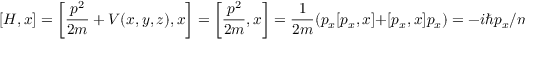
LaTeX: [ H , x ] = \left[ { \frac { p ^ { 2 } } { 2 m } } + V ( x , y , z ) , x \right] = \left[ { \frac { p ^ { 2 } } { 2 m } } , x \right] = { \frac { 1 } { 2 m } } ( p _ { x } [ p _ { x } , x ] + [ p _ { x } , x ] p _ { x } ) = - i \hbar p _ { x } / m